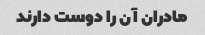
مادران آن را دوست دارند